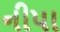
નીપા